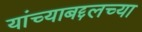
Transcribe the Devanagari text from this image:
यांच्याबद्दलच्या